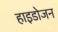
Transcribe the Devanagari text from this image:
हाइडोजन